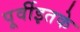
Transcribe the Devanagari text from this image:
पूर्वीइतके